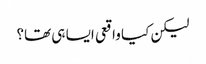
لیکن کیا واقعی ایسا ہی تھا؟